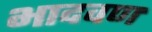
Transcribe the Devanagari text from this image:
भादवण